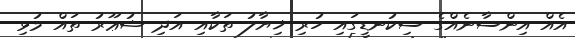
އެއް އިންސާނެއްގެ ސިކުނޑީގައި ހުރި ޚިޔާލު ތަކާއި އަދި ޝުޢޫރު ތައް މުޅި